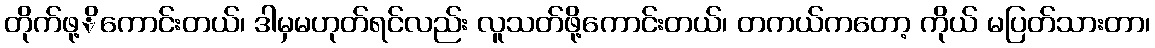
တိုက်ဖု့ိကောင်းတယ်၊ ဒါမှမဟုတ်ရင်လည်း လူသတ်ဖို့ကောင်းတယ်၊ တကယ်ကတော့ ကိုယ် မပြတ်သားတာ၊